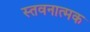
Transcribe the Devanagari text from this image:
स्तवनात्मक